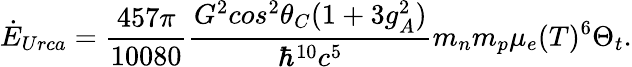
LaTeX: \dot{E}_{Urca}={\frac{457\pi}{10080}}{\frac{G^{2}cos^{2}\theta_{C}(1+3g_{A}^{2})}{\hbar^{10}c^{5}}}m_{n}m_{p}\mu_{e}(T)^{6}\Theta_{t}.